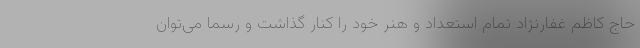
حاج کاظم غفارنژاد تمام استعداد و هنر خود را کنار گذاشت و رسماً می‌توان